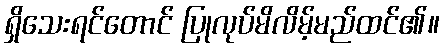
ရှိသေးရင်တောင် ပြုလုပ်မိလိမ့်မည်ထင်၏။